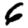
Digit: 6